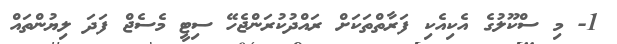
1- މި ސްކޫލުގެ އެކިއެކި ފަރާތްތަކަށް ރައްދުކުރަންޖެހޭ ސިޓީ މެސެޖް ފަދަ ލިޔުންތައް